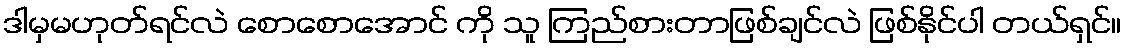
ဒါမှမဟုတ်ရင်လဲ စောစောအောင် ကို သူ ကြည်စားတာဖြစ်ချင်လဲ ဖြစ်နိုင်ပါ တယ်ရှင်။